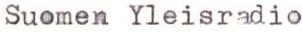
Suomen Yleisradio